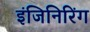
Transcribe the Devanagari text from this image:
इंजिनिरिंग